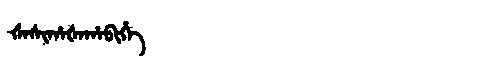
Manchu: ᡧᠠᠰᡳᡥᠠᡧᠠᡥᠠᠪᡳᡥᡝ
Romanization: ŠASIHAŠAHABIHE